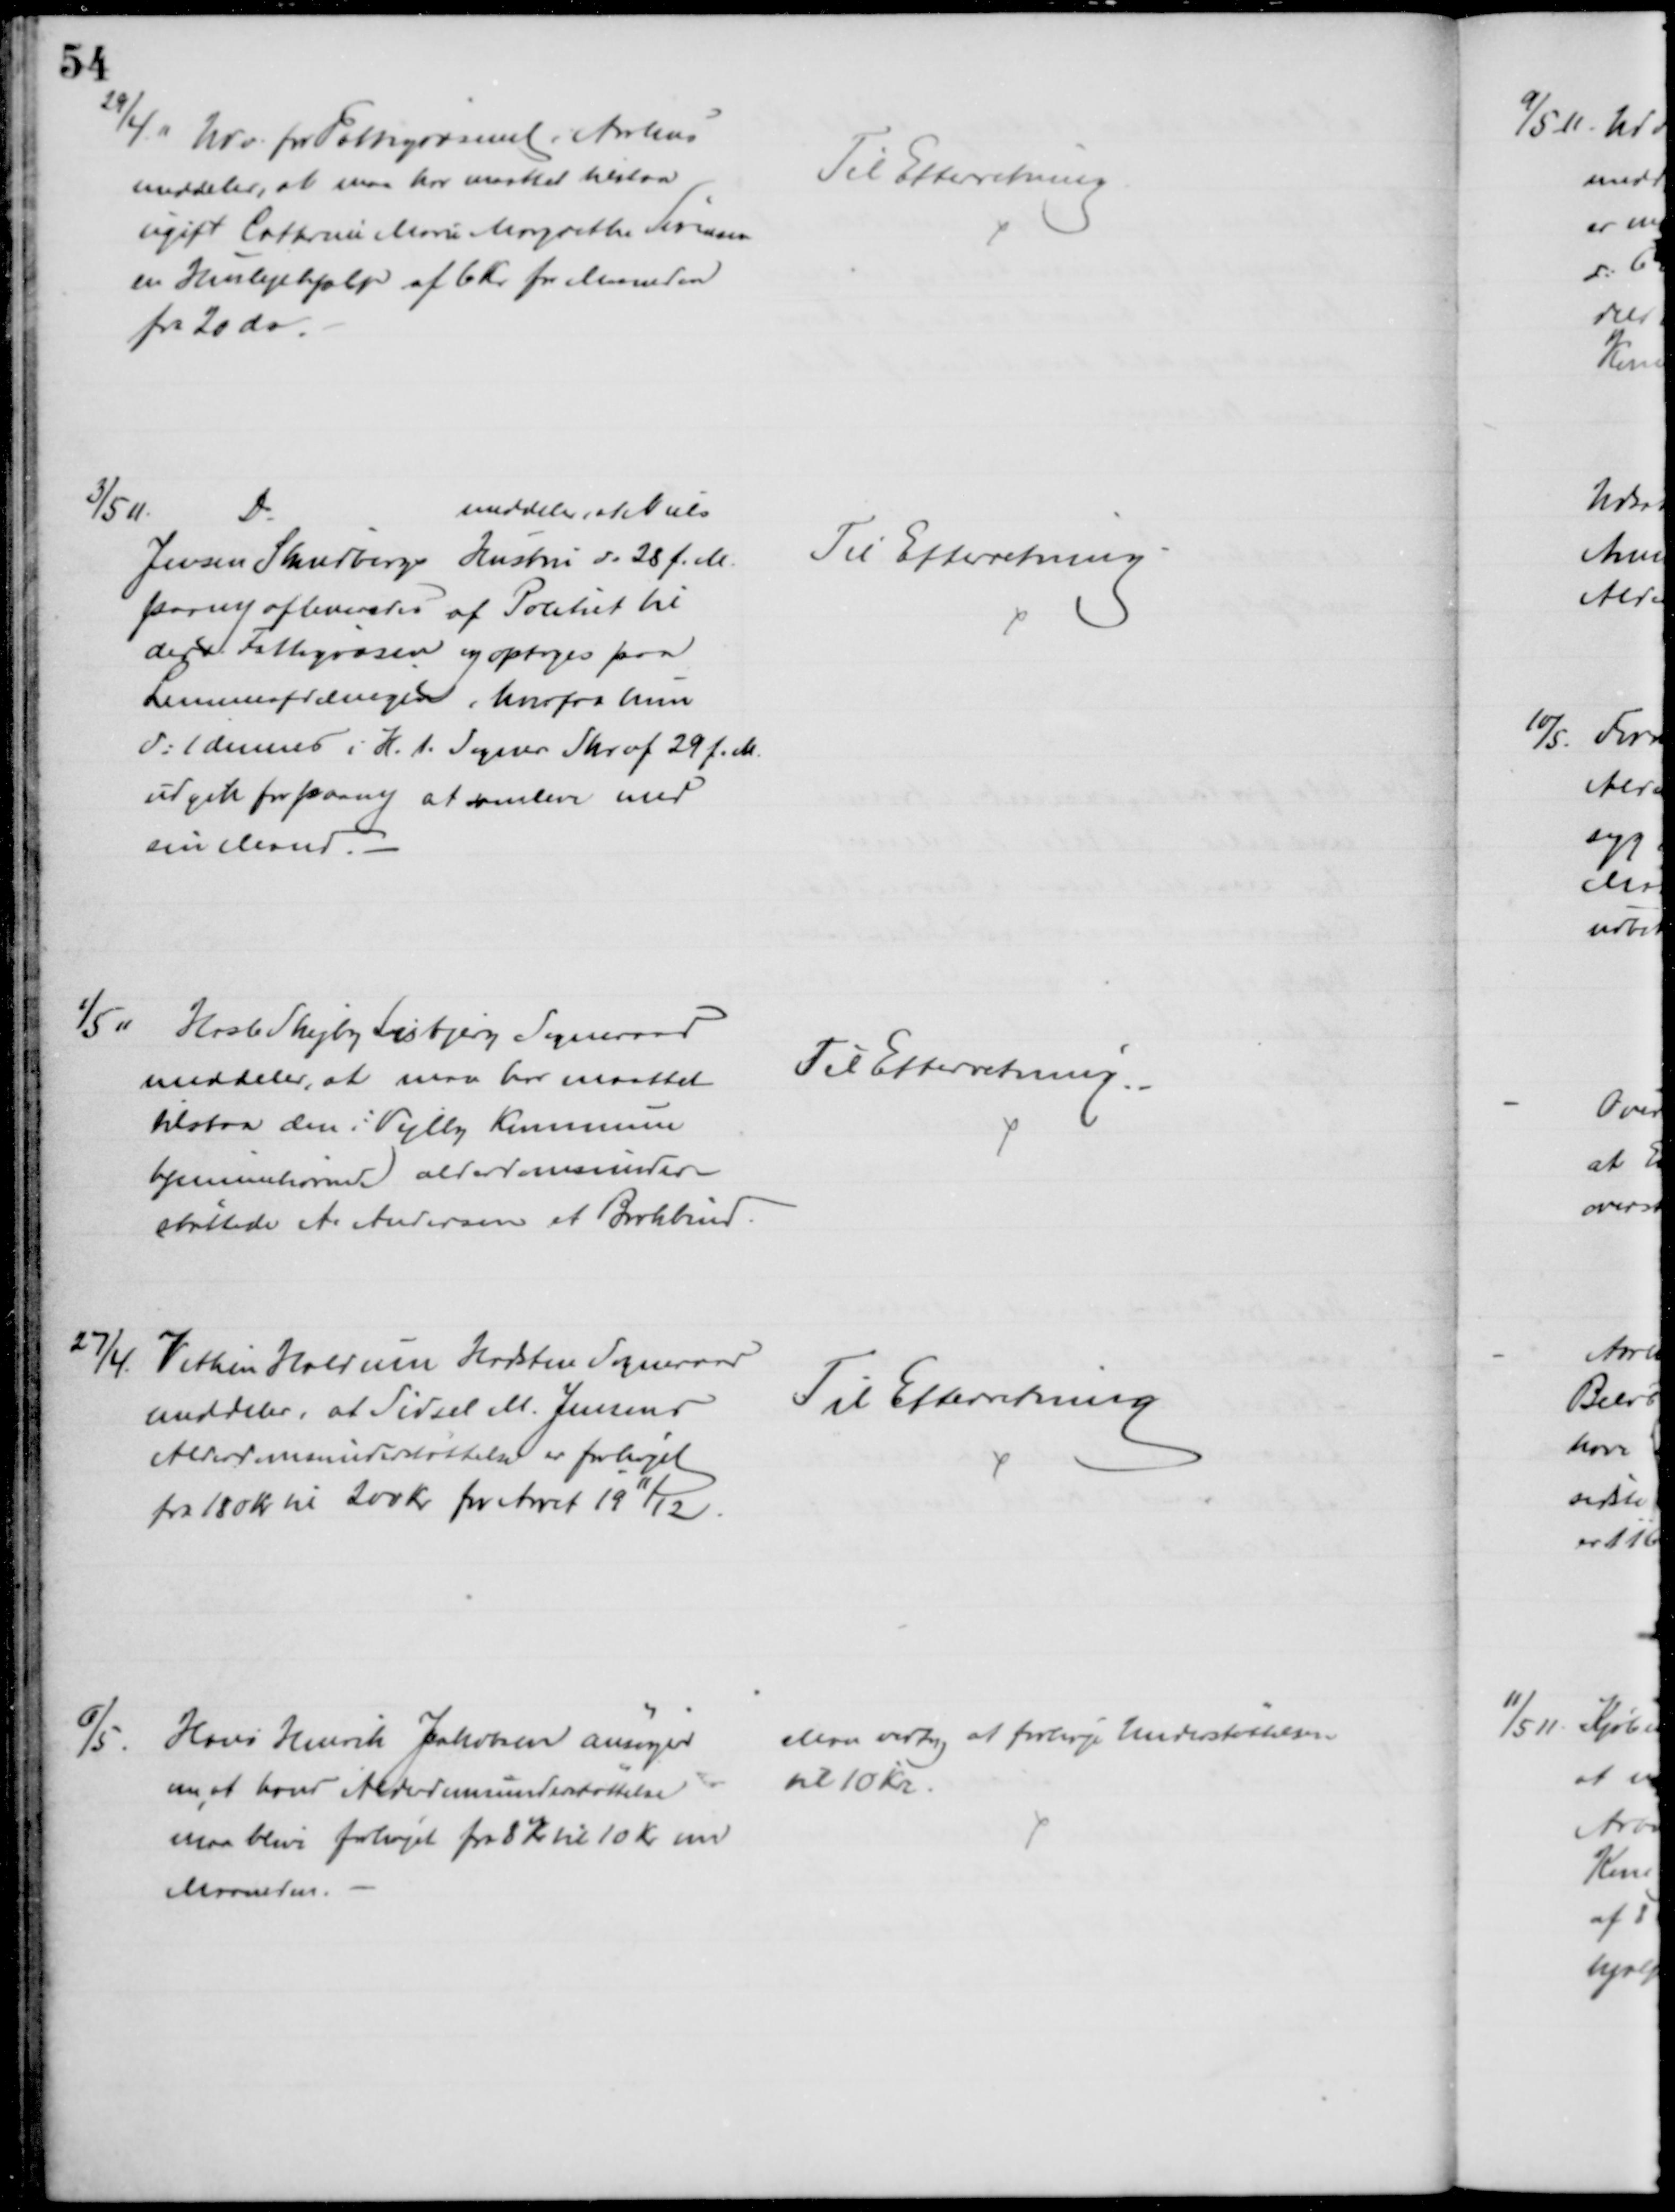
Transskription:
29/4.11 Udv. for Fattigvæsenet i Aarhus
meddeler, at maa har maattet tilstaa
ugift Cathrine Marie Margrethe Sørensen
en Huslejehjælp af 6 Kr for Maaneden
fra 20 ds.
Til Efterretning
3/5 11.
Do
meddeler, at Niels
Jensen Skindbergs Hustru d. 28 f. M.
paany afleveredes af Politiet til
derv. Fattigvæsen og optoges paa
Lemmeafdelingen, hvorfra hun
d: 1 dennes i H. t. Sogner Skr af 29 f. M.
udgik for paany at samleve med
sin Mand.
Til Efterretning
1/5 11
Hasle Skejby Lisbjerg Sogneraad
meddeler, at maa har maattet
tilstaa den i Vejlby Kommune
hjemmehørende alderdomsunder-
støttede A. Andersen et Brokbind.
Til Efterretning.
27/4.
Vithen Haldum Hadsten Sogneraad
meddeler, at Sidsel M. Jensens
Alderdomsunderstøttelse er forhøjet
fra 180 Kr til 200 Kr for Aaret 1911/12.
Til Efterretning
6/5.
Hans Henrik Jakobsen ansøger
om, at hans Alderdomsunderstøttelse
maa blive forhøjet fra 8 Kr til 10 Kr om
Maaneden.
Man vedtog at forhøje Understøttelsen.
til 10 Kr